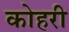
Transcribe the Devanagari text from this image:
कोहरी